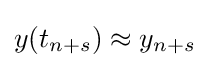
y(t_{n+s})\approx y_{n+s}